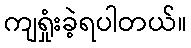
ကျရှုံးခဲ့ရပါတယ်။